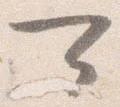
可